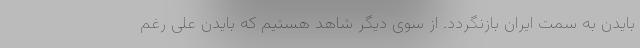
بایدن به سمت ایران بازنگردد. از سوی دیگر شاهد هستیم که بایدن علی رغم